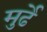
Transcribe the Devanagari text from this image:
मुर्ढे